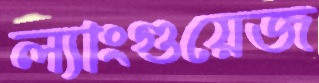
ল্যাংগুয়েজ